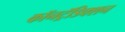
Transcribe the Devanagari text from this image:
कॉनट्रॅडिक्शन